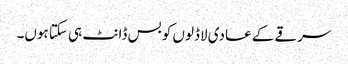
سرقے کے عادی لاڈلوں کو بس ڈانٹ ہی سکتا ہوں۔